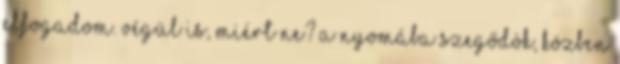
elfogadom. Végül is, miért ne? A nyomába szegődök, közben